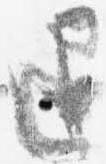
退